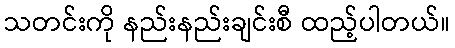
သတင်းကို နည်းနည်းချင်းစီ ထည့်ပါတယ်။